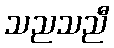
သညသညီ